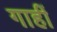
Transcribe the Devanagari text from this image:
गाहीं